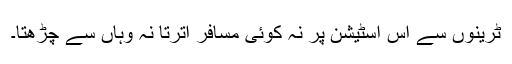
ٹرینوں سے اس اسٹیشن پر نہ کوئی مسافر اترتا نہ وہاں سے چڑھتا۔